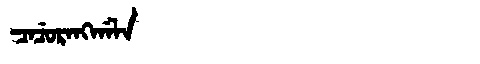
Manchu: ᠴᠠᠴᡠᡵᠠᠩᡤᠠᠯᠠ
Romanization: CACURANGGALA